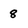
Character: 8